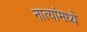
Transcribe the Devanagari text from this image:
नात्यांमध्ये